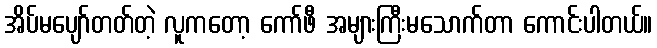
အိပ်မပျော်တတ်တဲ့ လူကတော့ ကော်ဖီ အများကြီးမသောက်တာ ကောင်းပါတယ်။